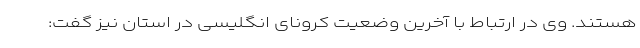
هستند. وی در ارتباط با آخرین وضعیت کرونای انگلیسی در استان نیز گفت: